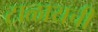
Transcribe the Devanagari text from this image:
टाळायची